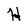
Character: H